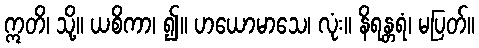
ဣတိ၊ သို့။ ယစိကာ၊ ၍။ ဟယောမာသေ၊ လုံး။ နိရန္တရံ၊ မပြတ်။